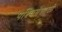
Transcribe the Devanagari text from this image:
पश्चिमेसाठी